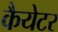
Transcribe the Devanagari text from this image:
कैयेटर